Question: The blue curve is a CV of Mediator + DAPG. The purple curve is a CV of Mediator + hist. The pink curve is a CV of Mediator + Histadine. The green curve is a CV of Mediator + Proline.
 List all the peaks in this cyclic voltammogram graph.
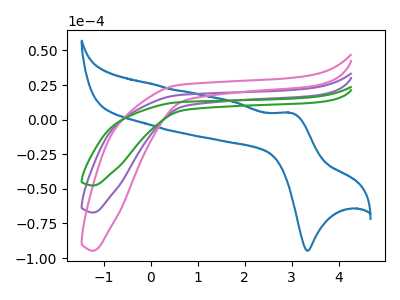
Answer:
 <answer>The blue curve "Mediator + DAPG" has an anodic peak at (3.00V, 4.75uA) and a cathodic peak at (3.35V, -94.75uA). The purple curve "Mediator + hist" has no peaks. The pink curve "Mediator + Histadine" has no peaks. The green curve "Mediator + Proline" has no peaks.</answer>
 <eval></eval>